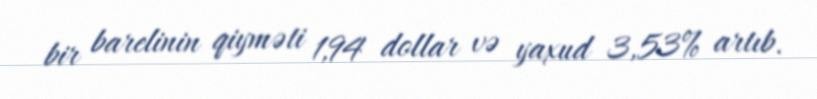
bir barelinin qiyməti 1,94 dollar və yaxud 3,53% artıb.